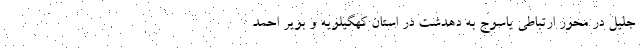
جلیل در محور ارتباطی یاسوج به دهدشت در استان کهگیلویه و بویر احمد